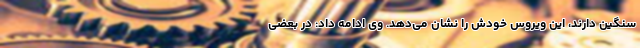
سنگین دارند، این ویروس خودش را نشان می‌دهد. وی ادامه داد: در بعضی